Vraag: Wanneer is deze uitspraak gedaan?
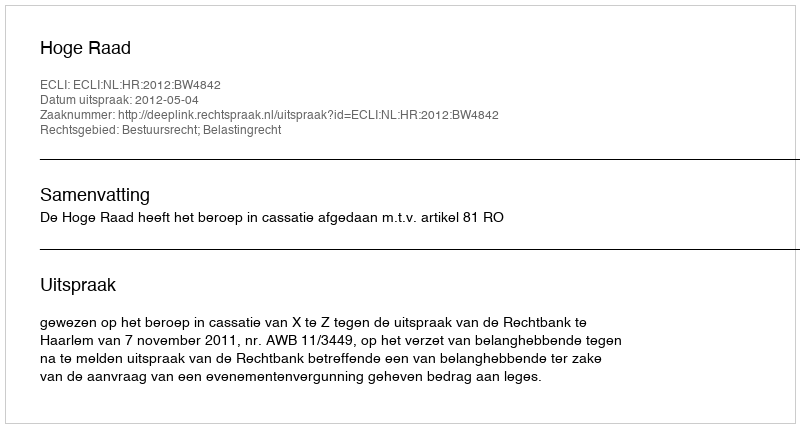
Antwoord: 2012-05-04